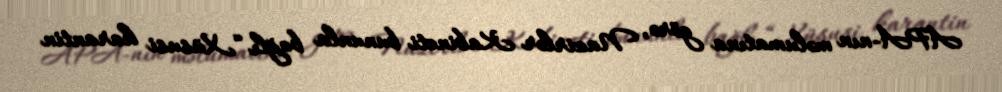
APA-nın məlumatına görə, Nazirlər Kabineti bununla bağlı “Xüsusi karantin